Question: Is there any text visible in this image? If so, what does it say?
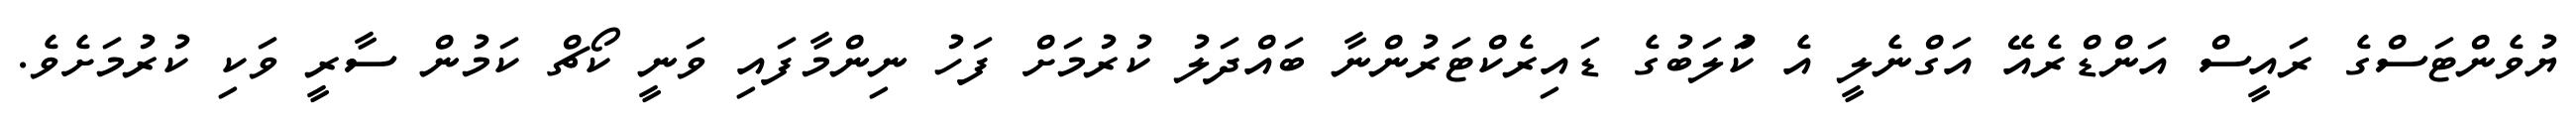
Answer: ޔުވެންޓަސްގެ ރައީސް އަންޑްރެއޭ އަގްނެލީ އެ ކުަލަބުގެ ޑައިރެކްޓަރުންނާ ބައްދަލު ކުރުމަށް ފަހު ނިންމާފައި ވަނީ ކޯޗް ކަމުން ސާރީ ވަކި ކުރުމަށެވެ.